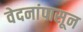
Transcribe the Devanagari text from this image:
वेदनांपासून